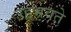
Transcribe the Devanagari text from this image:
उद्दभवते